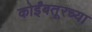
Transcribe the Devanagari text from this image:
कोईंबतूरच्या